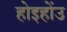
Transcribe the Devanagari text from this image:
होइहोंउ